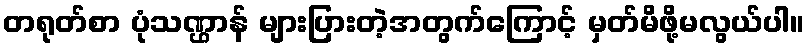
တရုတ်စာ ပုံသဏ္ဌာန် များပြားတဲ့အတွက်ကြောင့် မှတ်မိဖို့မလွယ်ပါ။